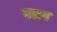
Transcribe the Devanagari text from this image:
वलव